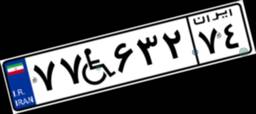
۷۷W۶۳۲۷۴